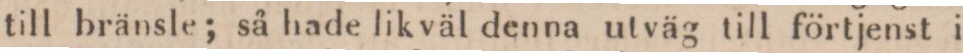
till bränsle; så hade likväl denna utväg till förtjenst i